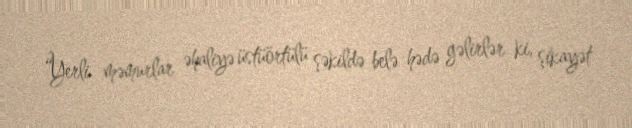
“Yerli məmurlar əhaliyə üstüörtülü şəkildə belə hədə gəlirlər ki, şikayət